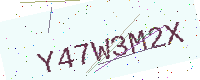
Text: Y47W3M2X